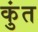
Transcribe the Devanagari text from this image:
कुंत